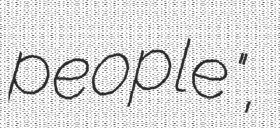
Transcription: people",